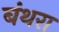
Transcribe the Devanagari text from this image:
बंथरा